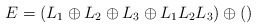
\begin{align*}E = (L_1\oplus L_2 \oplus L_3 \oplus L_1L_2L_3) \oplus ()\end{align*}